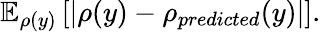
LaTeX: \mathbb{E}_{\rho(y)}\left[|\rho(y)-\rho_{predicted}(y)|\right].